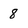
Character: 8